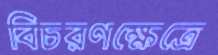
বিচরণক্ষেত্রে